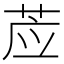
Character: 𰱊